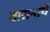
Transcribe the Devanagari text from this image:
वासनायें